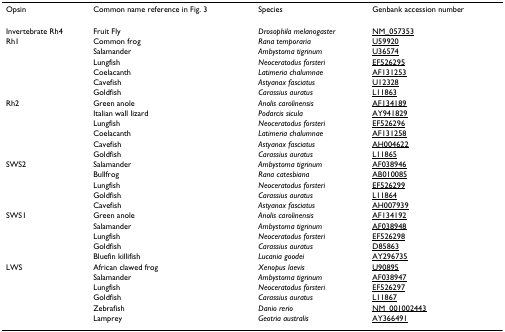
| Opsin | Common name reference in Fig. 3 | Species | Genbank accession number |
 | --- | --- | --- | --- |
 | Invertebrate Rh4 | Fruit Fly | Drosophila melanogaster | NM_057353 |
 | Rh1 | Common frog | Rana temporaria | U59920 |
 |  | Salamander | Ambystoma tigrinum | U36574 |
 |  | Lungfish | Neoceratodus forsteri | EF526295 |
 |  | Coelacanth | Latimeria chalumnae | AF131253 |
 |  | Cavefish | Astyanax fasciatus | U12328 |
 |  | Goldfish | Carassius auratus | L11863 |
 | Rh2 | Green anole | Anolis carolinensis | AF134189 |
 |  | Italian wall lizard | Podarcis sicula | AY941829 |
 |  | Lungfish | Neoceratodus forsteri | EF526296 |
 |  | Coelacanth | Latimeria chalumnae | AF131258 |
 |  | Cavefish | Astyanax fasciatus | AH004622 |
 |  | Goldfish | Carassius auratus | L11865 |
 | SWS2 | Salamander | Ambystoma tigrinum | AF038946 |
 |  | Bullfrog | Rana catesbiana | AB010085 |
 |  | Lungfish | Neoceratodus forsteri | EF526299 |
 |  | Goldfish | Carassius auratus | L11864 |
 |  | Cavefish | Astyanax fasciatus | AH007939 |
 | SWS1 | Green anole | Anolis carolinensis | AF134192 |
 |  | Salamander | Ambystoma tigrinum | AF038948 |
 |  | Lungfish | Neoceratodus forsteri | EF526298 |
 |  | Goldfish | Carassius auratus | D85863 |
 |  | Bluefin killifish | Lucania goodei | AY296735 |
 | LWS | African clawed frog | Xenopus laevis | U90895 |
 |  | Salamander | Ambystoma tigrinum | AF038947 |
 |  | Lungfish | Neoceratodus forsteri | EF526297 |
 |  | Goldfish | Carassius auratus | L11867 |
 |  | Zebrafish | Danio rerio | NM_001002443 |
 |  | Lamprey | Geotria australis | AY366491 |